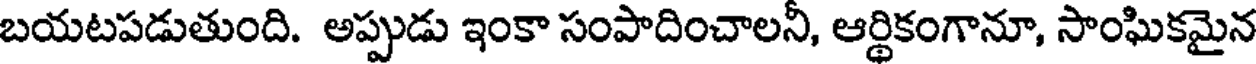
బయటపడుతుంది. అప్పుడు ఇంకా సంపాదించాలనీ, ఆర్థికంగానూ, సాంఘికమైన